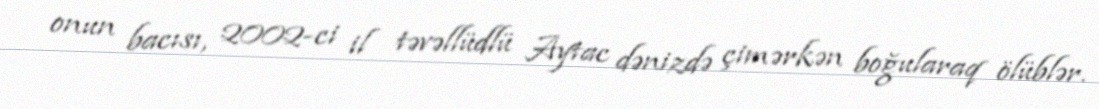
onun bacısı, 2002-ci il təvəllüdlü Aytac dənizdə çimərkən boğularaq ölüblər.